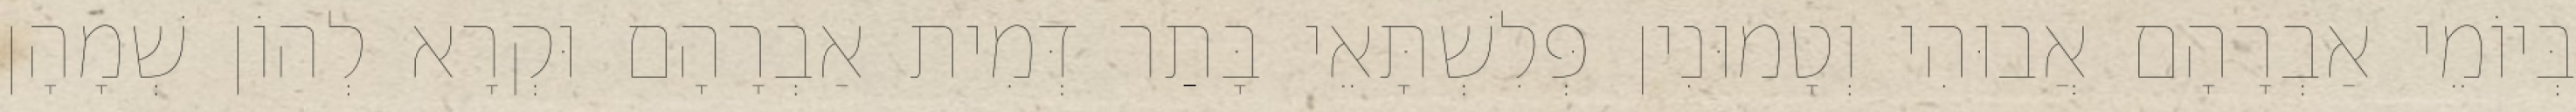
בְּיוֹמֵי אַבְרָהָם אֲבוּהִי וְטָמוּנִין פְּלִשְׁתָּאֵי בָּתַר דְּמִית אַבְרָהָם וּקְרָא לְהוֹן שְׁמָהָן